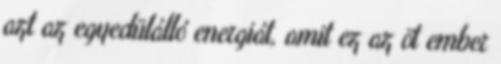
azt az egyedülálló energiát, amit ez az öt ember